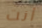
أنت